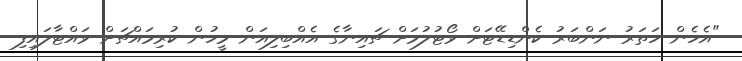
"އެހެން ހަތަރު ނަންބަރު ކެންޑިޑޭޓަށް ވޯޓުލުމަށް ޗައިނާގެ އެއްބިލިއަން މީހުން ކުރިމައްޗަށް ވައްޓާލައިފި